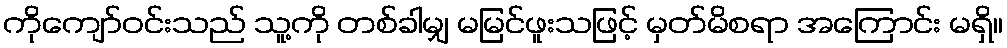
ကိုကျော်ဝင်းသည် သူ့ကို တစ်ခါမျှ မမြင်ဖူးသဖြင့် မှတ်မိစရာ အကြောင်း မရှိ။